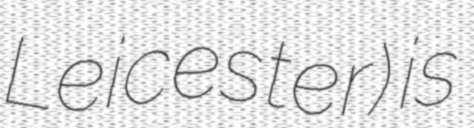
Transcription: Leicester) is